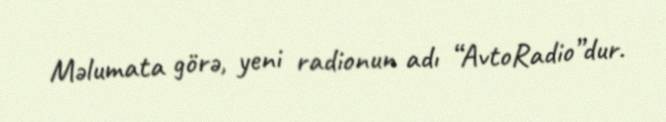
Məlumata görə, yeni radionun adı “AvtoRadio”dur.